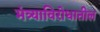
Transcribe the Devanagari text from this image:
मंत्र्याविरोधातील